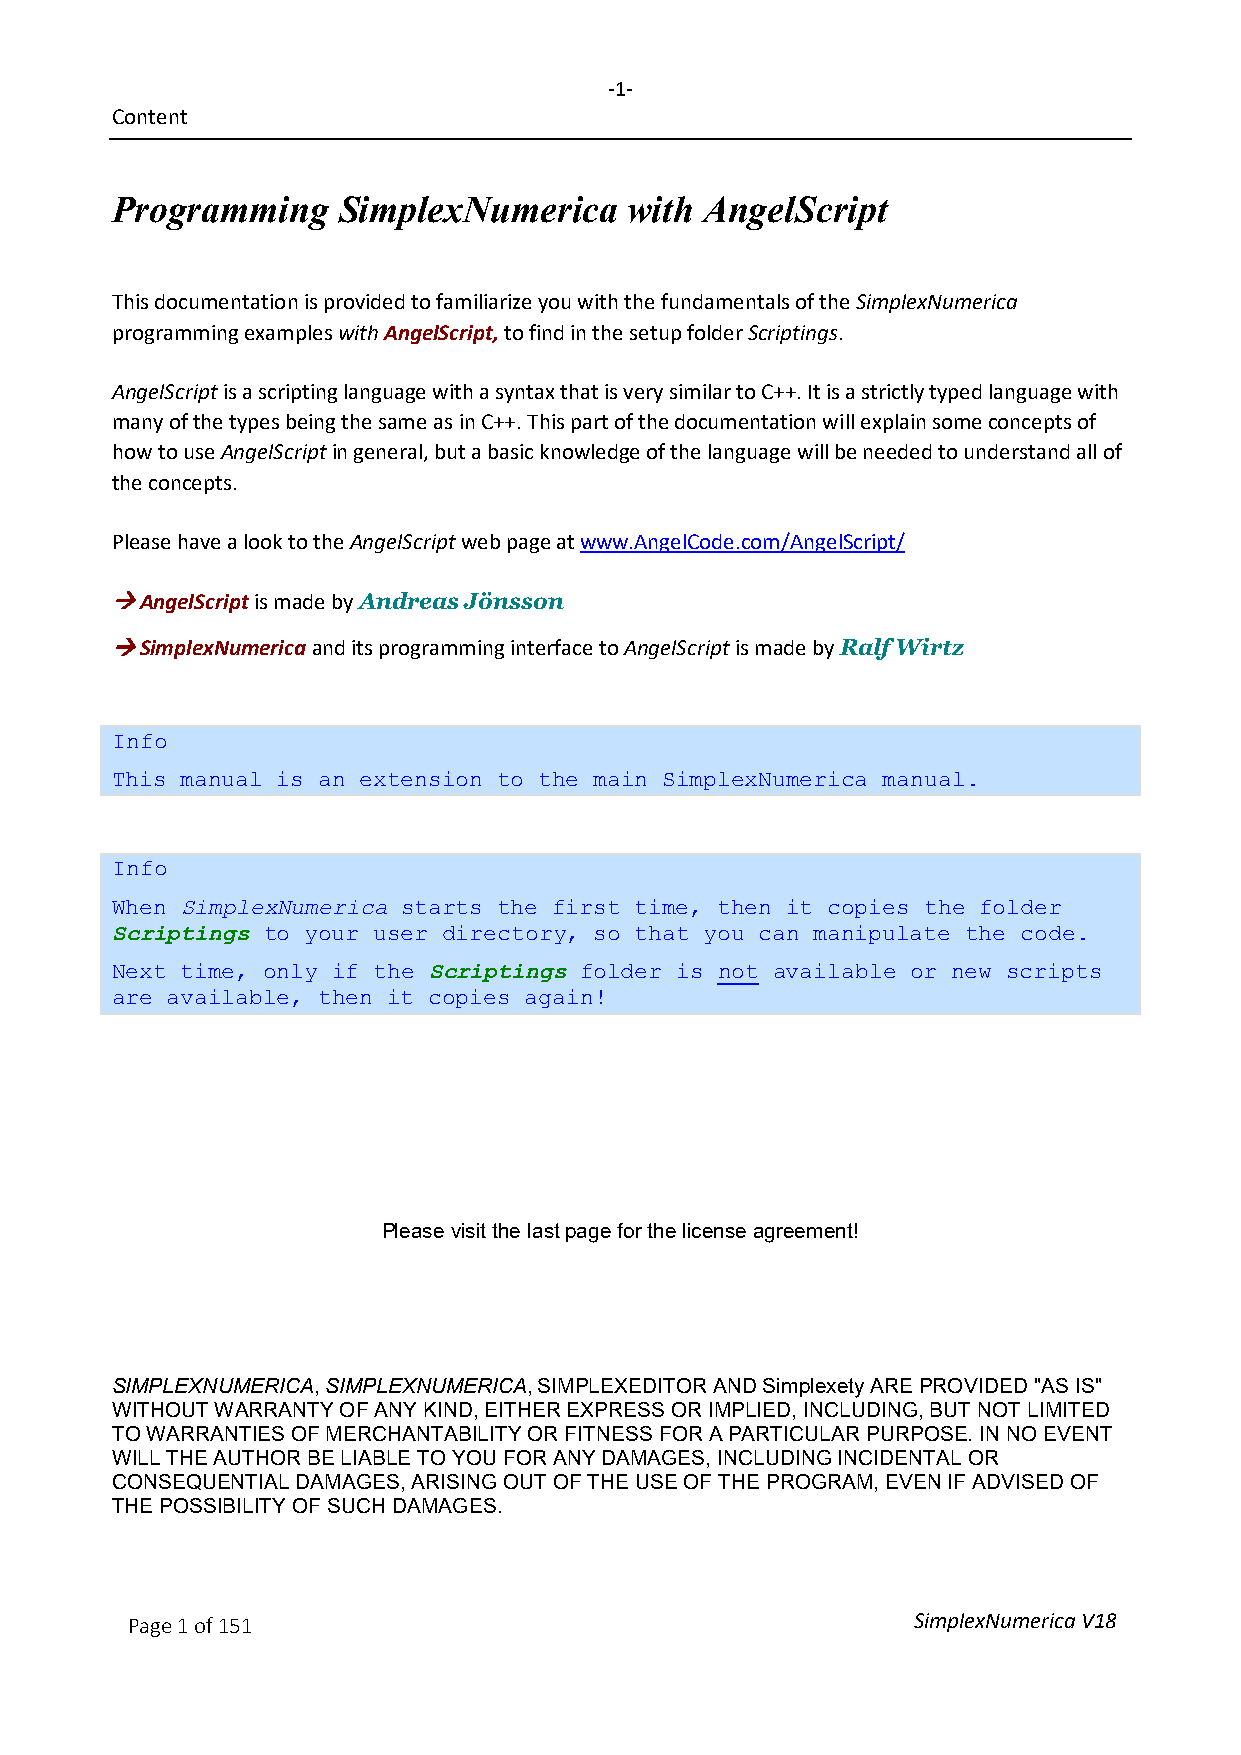
-1-
 Content
 Programming    SimplexNumerica     with AngelScript
 This documentation is provided to familiarize you with the fundamentals of the SimplexNumerica
 programming examples with AngelScript, to find in the setup folder Scriptings.
 AngelScript is a scripting language with a syntax that is very similar to C++. It is a strictly typed language with
 many of the types being the same as in C++. This part of the documentation will explain some concepts of
 how to use AngelScript in general, but a basic knowledge of the language will be needed to understand all of
 the concepts.
 Please have a look to the AngelScript web page at www.AngelCode.com/AngelScript/
  AngelScript is made by Andreas Jönsson
  SimplexNumerica and its programming interface to AngelScript is made by Ralf Wirtz
 Info
 This manual is an extension to the main SimplexNumerica manual.
 Info
 SimplexNumerica
 When                starts the first time, then it copies the folder
 Scriptings
 to your user directory, so that you can manipulate the code.
 Scriptings
 Next time, only if the         folder is not available or new scripts
 are available, then it copies again!
 Please visit the last page for the license agreement!
 SIMPLEXNUMERICA, SIMPLEXNUMERICA, SIMPLEXEDITOR AND Simplexety ARE PROVIDED "AS IS"
 WITHOUT WARRANTY OF ANY KIND, EITHER EXPRESS OR IMPLIED, INCLUDING, BUT NOT LIMITED
 TO WARRANTIES OF MERCHANTABILITY OR FITNESS FOR A PARTICULAR PURPOSE. IN NO EVENT
 WILL THE AUTHOR BE LIABLE TO YOU FOR ANY DAMAGES, INCLUDING INCIDENTAL OR
 CONSEQUENTIAL DAMAGES, ARISING OUT OF THE USE OF THE PROGRAM, EVEN IF ADVISED OF
 THE POSSIBILITY OF SUCH DAMAGES.
 Page 1 of 151                                       SimplexNumerica V18